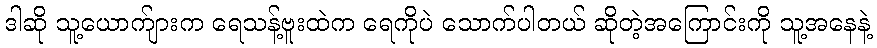
ဒါဆို သူ့ယောက်ျားက ရေသန့်ဗူးထဲက ရေကိုပဲ သောက်ပါတယ် ဆိုတဲ့အကြောင်းကို သူ့အနေနဲ့